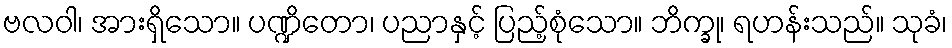
ဗလဝါ၊ အားရှိသော။ ပဏ္ဍိတော၊ ပညာနှင့် ပြည့်စုံသော။ ဘိက္ခု၊ ရဟန်းသည်။ သုခံ၊